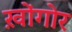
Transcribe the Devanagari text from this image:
ख़ोंगोर